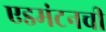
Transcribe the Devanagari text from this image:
एडमंटनची